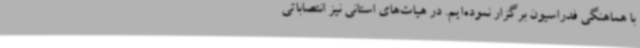
با هماهنگی فدراسیون برگزار نموده‌ایم. در هیات‌های استانی نیز انتصاباتی